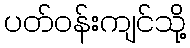
ပတ်ဝန်းကျင်သို့